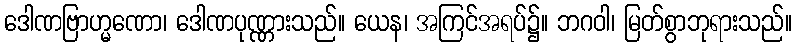
ဒေါဏဗြာဟ္မဏော၊ ဒေါဏပုဏ္ဏားသည်။ ယေန၊ အကြင်အရပ်၌။ ဘဂဝါ၊ မြတ်စွာဘုရားသည်။